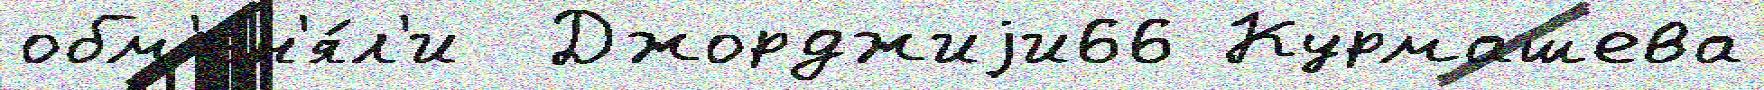
обм'ен'я́л'и  Джорджиjи66 Курмашева